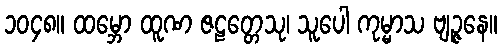
၁၀၄၈။ ထမ္ဘော ထူဏ ဇဠတ္တေသု၊ သူပေါ ကုမ္မာသ ဗျဉ္ဇနေ။